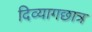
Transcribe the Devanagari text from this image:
दिव्यागछात्र